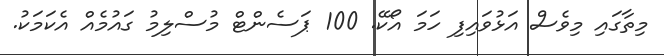
މިތާގައި މިވެސް އަޅުވައިފި ހަމަ އޯކޭ. 100 ޕަސެންޓް މުސްލިމު ގައުމެއް އެކަމަކު.